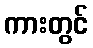
ကားတွင်